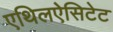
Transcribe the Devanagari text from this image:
एथिलऐसिटेट